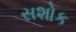
સશોક